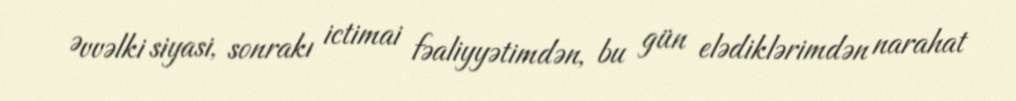
Əvvəlki siyasi, sonrakı ictimai fəaliyyətimdən, bu gün elədiklərimdən narahat